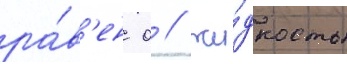
ра́в'ен 0 / жи́дкость